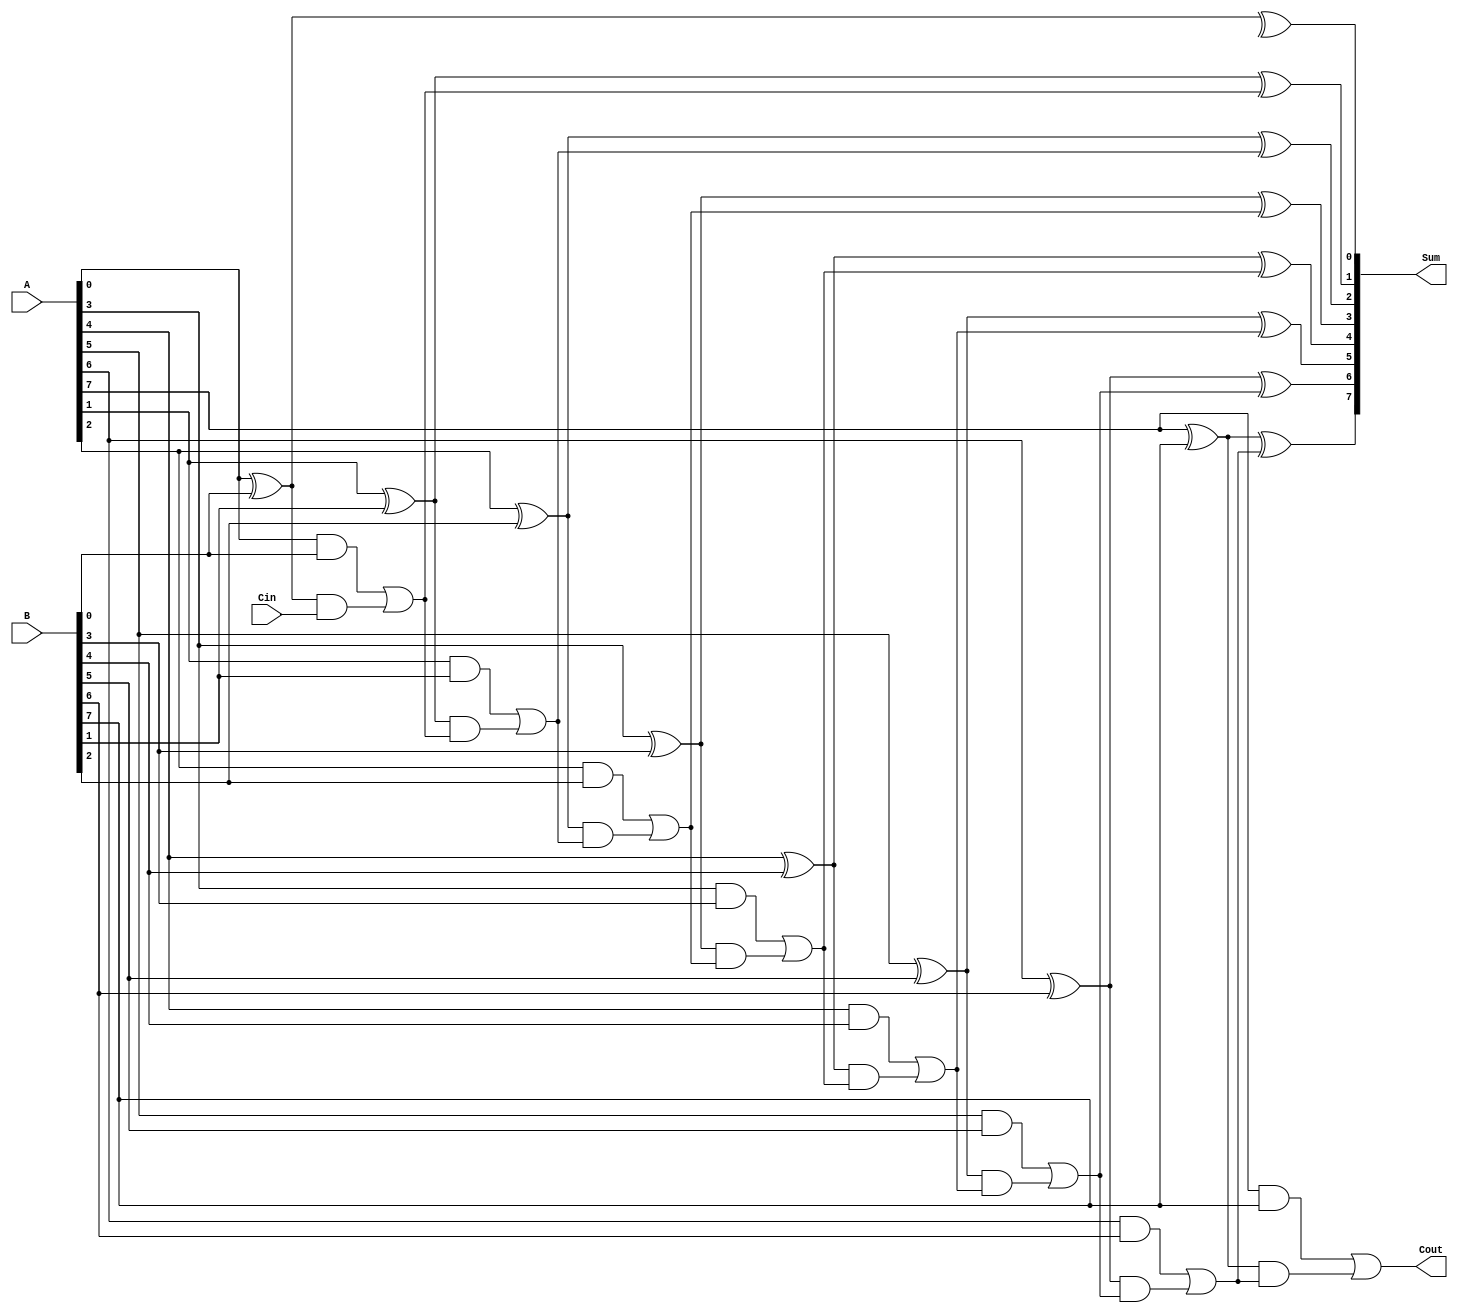
module PrecomputationCarryAdder #(parameter N = 8) (
    input  wire [N-1:0] A,     // First operand
    input  wire [N-1:0] B,     // Second operand
    input  wire Cin,            // Carry-in
    output wire [N-1:0] Sum,    // Sum output
    output wire Cout            // Carry-out
);

    // Generate and propagate signals
    wire [N-1:0] G; // Generate
    wire [N-1:0] P; // Propagate
    wire [N:0] C;   // Carry outputs (C[0] = Cin)

    // Generate and propagate logic
    genvar i;
    generate
        for (i = 0; i < N; i = i + 1) begin : carry_gen
            assign G[i] = A[i] & B[i];          // Generate
            assign P[i] = A[i] ^ B[i];          // Propagate
            if (i == 0) begin
                assign C[i+1] = G[i] | (P[i] & Cin); // Cout[0] logic
            end else begin
                assign C[i+1] = G[i] | (P[i] & C[i]); // Cout[i] logic
            end
        end
    endgenerate

    // Sum calculation
    generate
        for (i = 0; i < N; i = i + 1) begin : sum_calc
            assign Sum[i] = P[i] ^ C[i]; // Sum calculation
        end
    endgenerate

    // Carry-out
    assign Cout = C[N]; // Final carry-out

endmodule